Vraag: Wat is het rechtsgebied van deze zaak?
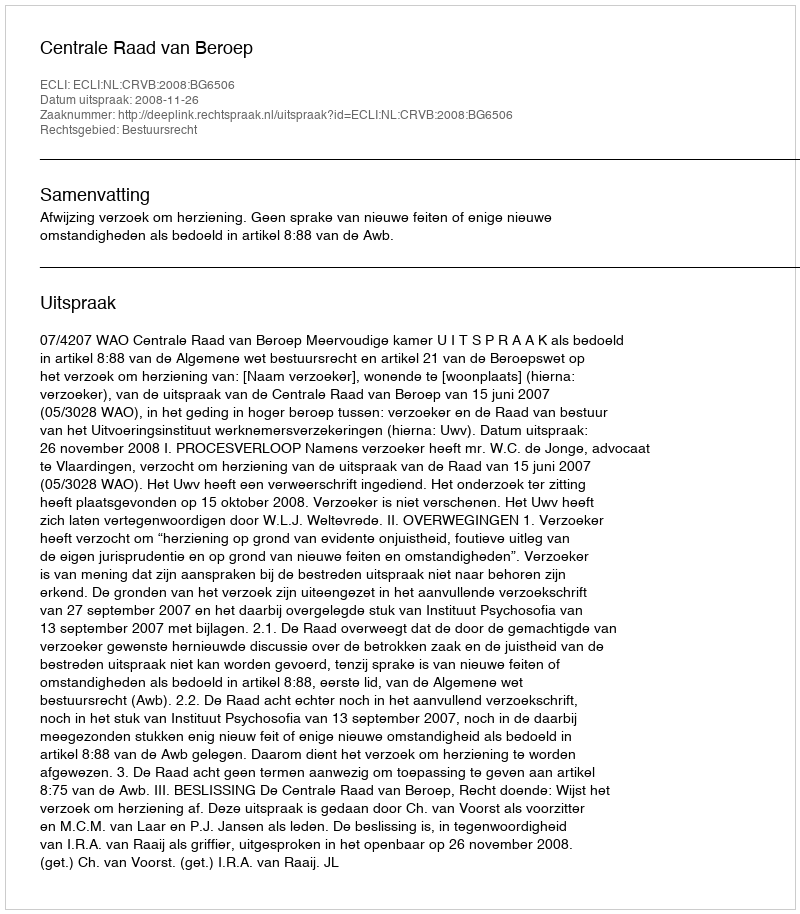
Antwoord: Bestuursrecht